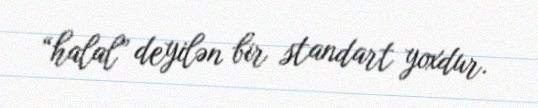
“halal” deyilən bir standart yoxdur.